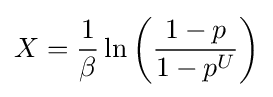
X={\frac {1}{\beta }}\ln \left({\frac {1-p}{1-p^{U}}}\right)